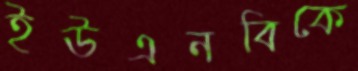
ইউএনবিকে